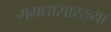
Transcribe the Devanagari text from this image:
मगधासारख्या